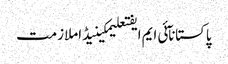
پاکستانآئی ایم ایفتعلیمکینیڈاملازمت